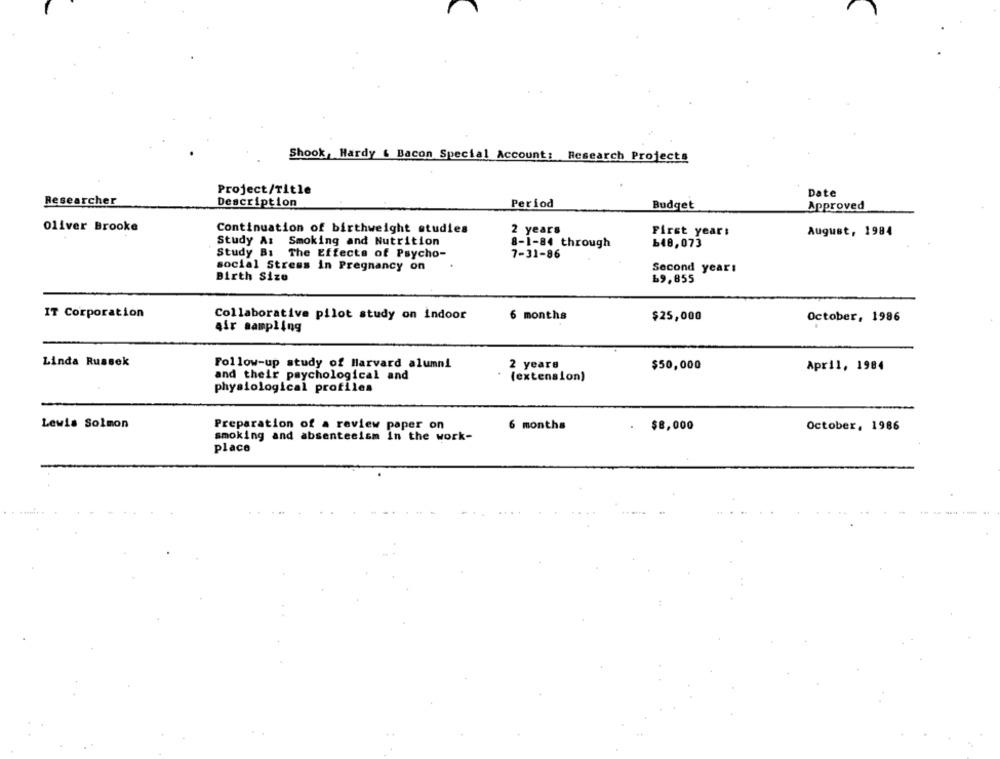
Shook, Hardy & Bacon Special Account: Research Projects
Project/Title
Date
Researcher
Description
Period
Budget
Approved
Oliver Brooke
Continuation of birthweight studies
2 years
First year:
August, 1984
Study Az
Smoking and Nutrition
8-1-84 through
648,073
Study Bs
The Effects of Psycho-
7-31-86
social Stress in Pregnancy on
Second year:
Birth Size
69,855
IT Corporation
Collaborative pilot study on indoor
6 months
$25,000
October, 1986
4ir sampling
Linda Russek
Follow-up study of Harvard alumni
2 years
$50,000
April, 1984
and their psychological and
(extension)
physiological profiles
Lewis Solmon
Preparation of a review paper on
$8,000
6 months
October, 1986
smoking and absenteeism in the work-
place